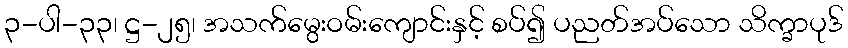
၃-ပါ-၃၃၊ ဋ္ဌ-၂၅၊ အသက်မွေးဝမ်းကျောင်းနှင့် စပ်၍ ပညတ်အပ်သော သိက္ခာပုဒ်